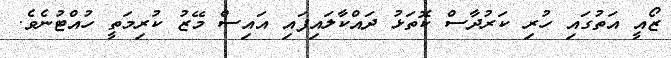
ޒޯއީ އަތުގައި ހުރި ކަރުދާސް ކޮތަޅު ދައްކާލައިފައި އައިސް މޭޒު ކުރިމަތީ ހުއްޓުނެވެ.